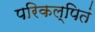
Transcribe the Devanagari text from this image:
परिकल्पितं